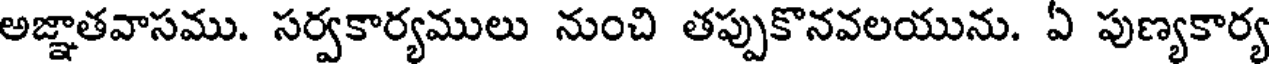
అజ్ఞాతవాసము. సర్వకార్యములు నుంచి తప్పుకొనవలయును. ఏ పుణ్యకార్య